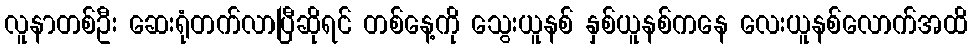
လူနာတစ်ဦး ဆေးရုံတက်လာပြီဆိုရင် တစ်နေ့ကို သွေးယူနစ် နှစ်ယူနစ်ကနေ လေးယူနစ်လောက်အထိ